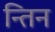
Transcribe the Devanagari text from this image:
न्तिन